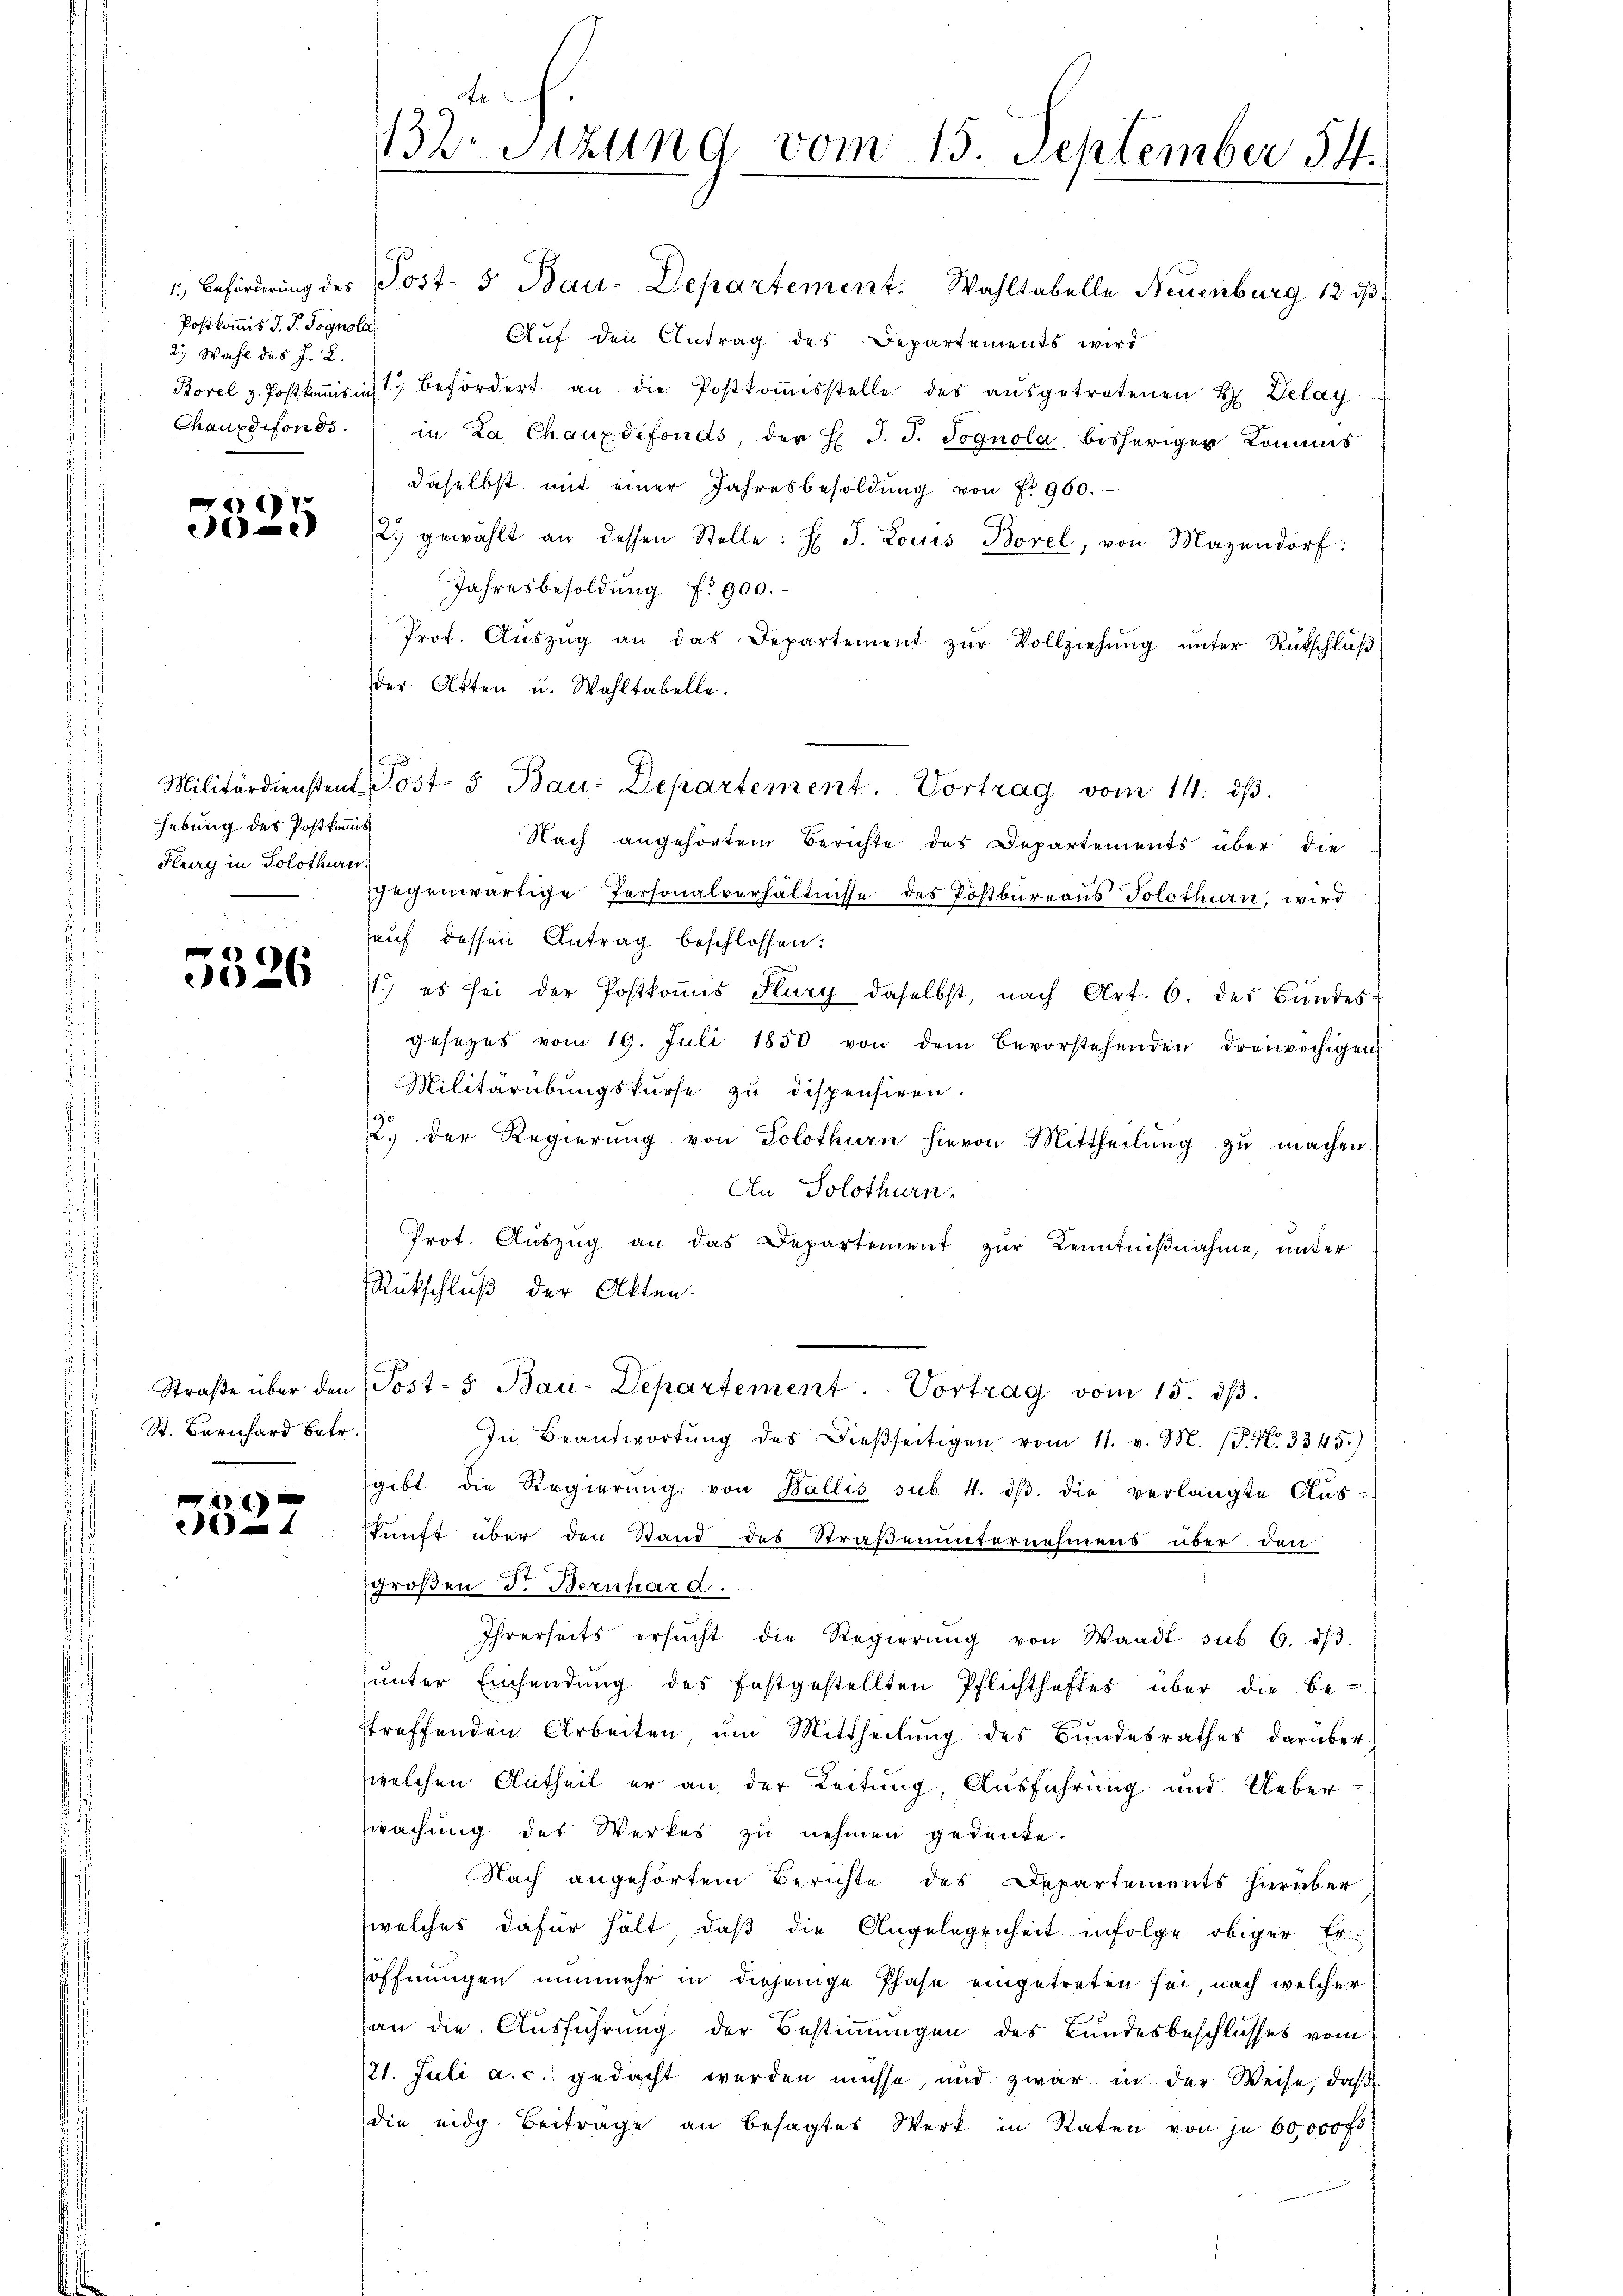
Postkommis J. J. Pognola
2.) Wahl des J. L.

+
e

hebung des Postkommis
Flury in Solothurn

)
26

St. Bernhard betr.

4
i

132. Sitzung vom 13. September 14.

1, Beförderung des Post- & Bau-Departement. Wahltabelle Neuenburg 12 d
Auf den Antrag des Departements wird
Borel z. Postkansicht befördert an die Postkoṁisstelle des aŭsgetretenen H. Zelay
Chauxdefonds. in La Chauxdefonds, der H. J. J. Pognola, bisheriger Kommis
daselbst mit einer Jahresbesoldŭng von Fr. 960.
2. gewählt an dessen Stelle: H J. Louis Borel, von Mazendorf:
Jahresbesoldŭng f. 900.
Prot. Aŭszŭg an das Departement zŭr Vollziehŭng ŭnter Rükschläβ
der Otten u. Wahltabelle.
C
Nach angehörtem Berichte des Departements über die
gegenwärtige Personalverhältnisse des Postbureaus Solothurn, wird
hauf dessen Antrag beschlossen:
.) es sei der Postkoṁis Flury daselbst, nach Art. 6. des Bŭndes-
gesezes vom 19. Juli 1850 von dem bevorstehenden dreivochigen
Militärübungskurse zu dispensiren.
2. der Regierŭng von Solothurn hievon Mittheilŭng zŭ machen.
An Solothurn.
Prot. Auszug an das Departement zur Kenntnißnahme, unter
Rückschluß der Akten.
Straβe über den (Post-5 Bau-Departement. Vortrag vom 15. dβ.
In Beantwortŭng des dießseitigen vom 11. v. M. (T. N. 3345)
sgibt die Regierŭng von Wallis sub. 4. dβ die verlangte Aŭs-
skunft über den Stand des Straßenunternehmens über den
großen d. Bernhard.
Ihrerseits ersŭcht die Regierŭng von Waadt sub 6. dβ.
sunter Einsendung des festgestellten Pflichthaftes über die be-
streffenden Arbeiten, ŭm Mittheilŭng des Bŭndesrathes darüber
welchen Antheil er an der Leitung, Ausführung und Ueberswachung des Werkes zu nehmen gedenke.
Nach angehörtem Berichte des Departements hierüber
(welches dafür halt, daß die Angelegenheit infolge obiger Er-
öffnungen nunmehr in diejenige Phase eingetreten sei, nach welcher
d
an die Ausführung der Bestimmungen des Bundesbeschlusses vom
21. Juli a. c. gedacht werden müsse, und zwar in der Weise, daß
die eidg. Beitrage an besagtes Werk in Raten von je 60,000 fr

Militärdienstent Post- 5 Bau: Zepartement. Vortrag vom 14. dβ.